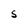
Character: S